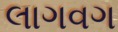
લાગવગ